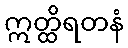
ဣတ္ထိရတနံ